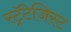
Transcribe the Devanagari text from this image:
स्ट्रॅटेजिस्ट